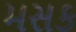
મસક